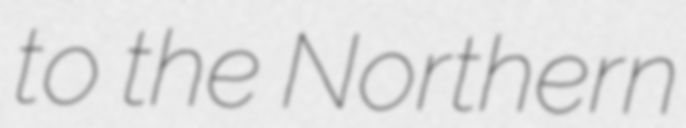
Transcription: to the Northern